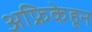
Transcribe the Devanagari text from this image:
अफ्रिकेहून